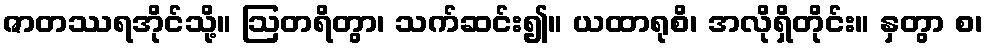
ဇာတဿရအိုင်သို့။ ဩတရိတွာ၊ သက်ဆင်း၍။ ယထာရုစိ၊ အလိုရှိတိုင်း။ နှတွာ စ၊